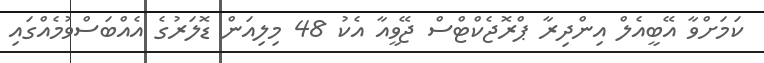
ކަމަށްވާ އޭބީއެލް އިންދިރާ ޕްރޮޖެކްޓްސް ޖޭވީއާ އެކު 48 މިލިއަން ޑޮލަރުގެ އެއްބަސްވުމެއްގައި